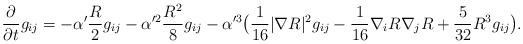
\begin{align*}\frac{\partial}{\partial t}g_{ij}=-\alpha'\frac{R}{2}g_{ij}-\alpha'^2\frac{R^2}{8}g_{ij}-\alpha'^3\big(\frac{1}{16}|\nabla R|^2g_{ij}-\frac{1}{16}\nabla_iR\nabla_jR+\frac{5}{32}R^3g_{ij}\big).\end{align*}